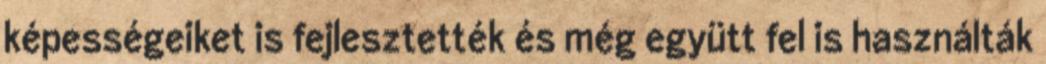
képességeiket is fejlesztették és még együtt fel is használták